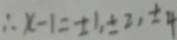
\therefore x - 1 = \pm 1 , \pm 2 , \pm 4